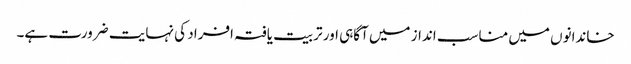
خاندانوں میں مناسب انداز میں آگاہی اور تربیت یافتہ افراد کی نہایت ضرورت ہے۔